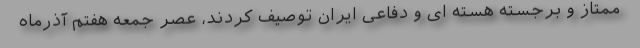
ممتاز و برجسته هسته ای و دفاعی ایران توصیف کردند، عصر جمعه هفتم آذرماه